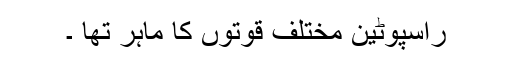
راسپوٹین مختلف قوتوں کا ماہر تھا ۔